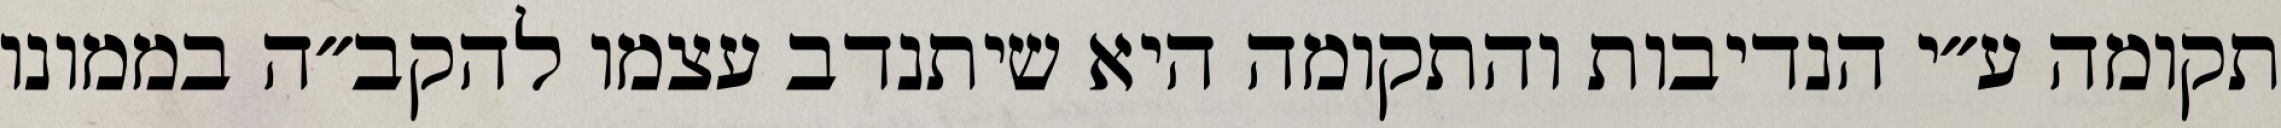
תקומה ע״י הנדיבות והתקומה היא שיתנדב עצמו להקב״ה בממונו